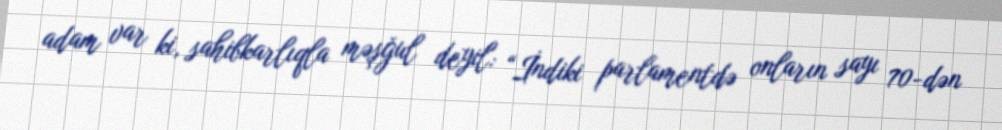
adam var ki, sahibkarlıqla məşğul deyil: “İndiki parlamentdə onların sayı 70-dən